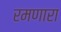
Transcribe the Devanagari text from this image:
रमणारा